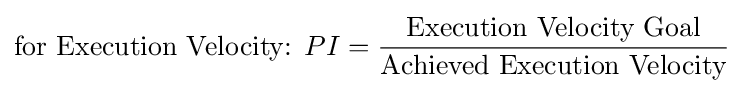
{\text{for Execution Velocity: }}PI={\frac {\text{Execution Velocity Goal}}{\text{Achieved Execution Velocity}}}